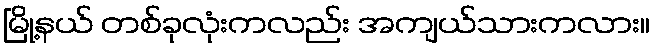
မြို့နယ် တစ်ခုလုံးကလည်း အကျယ်သားကလား။